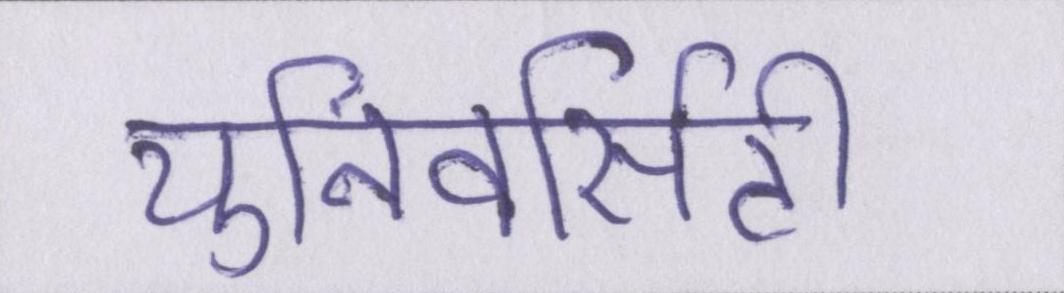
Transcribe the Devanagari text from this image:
युनिवर्सिटी